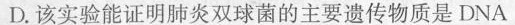
D.该实验能证明肺炎双球菌的主要遗传物质是DNA